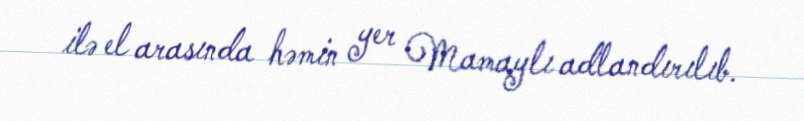
ilə el arasında həmin yer Mamaylı adlandırılıb.